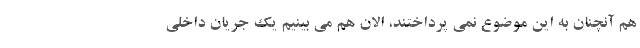
هم آنچنان به این موضوع نمی پرداختند، الان هم می بینیم یک جریان داخلی